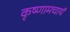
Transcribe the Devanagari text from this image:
कृष्णामचार्य